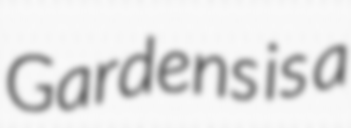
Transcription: Gardens is a